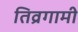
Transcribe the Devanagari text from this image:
तिव्रगामी